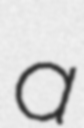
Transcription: a